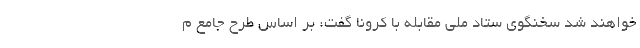
خواهند شد سخنگوی ستاد ملی مقابله با کرونا گفت: بر اساس طرح جامع م